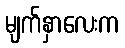
မျက်နှာလေးက